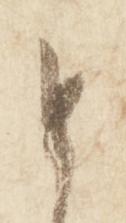
と